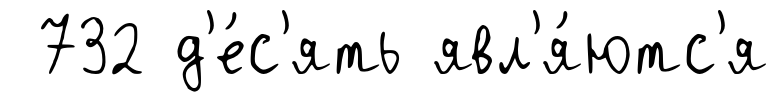
732 д'е́с'ять явл'я́ютс'я